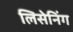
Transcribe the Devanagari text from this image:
लिसेनिंग